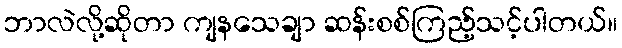
ဘာလဲလို့ဆိုတာ ကျနသေချာ ဆန်းစစ်ကြည့်သင့်ပါတယ်။